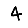
Digit: 4